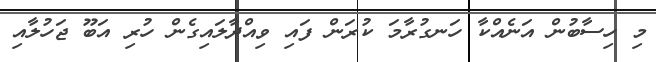
މި ހިސާބުން އަނެއްކާ ހަނގުރާމަ ކުރަން ފައި ވިއްދާލައިގެން ހުރި އަބޫ ޖަހުލާއި